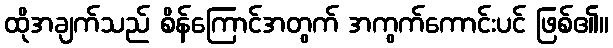
ထိုအချက်သည် စိန်ကြောင်အတွက် အကွက်ကောင်းပင် ဖြစ်၏။